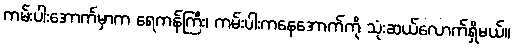
ကမ်းပါးအောက်မှာက ရေကန်ကြီး၊ ကမ်းပါးကနေအောက်ကို သုံးဆယ်လောက်ရှိမယ်။